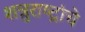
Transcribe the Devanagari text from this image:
शत्रुराष्ट्रांचे